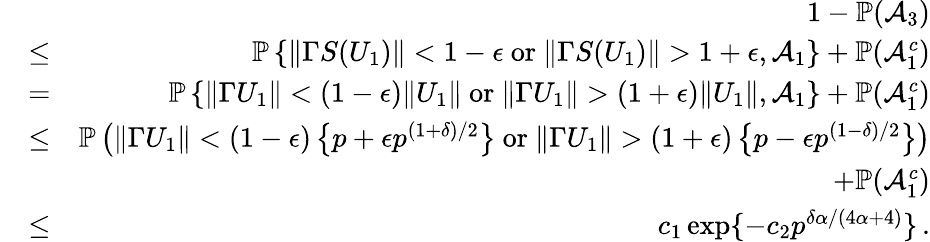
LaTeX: \begin{array}{rlr}&{}&{1-{\mathbb{P}}(\mathcal{A}_{3})}\\ &{\leq}&{{\mathbb{P}}\left\{ \| \Gamma S(U_{1})\| <1-\epsilon\mathrm{~or~}\| \Gamma S(U_{1})\| >1+\epsilon,\mathcal{A}_{1}\right\} +{\mathbb{P}}(\mathcal{A}_{1}^{c})}\\ &{=}&{{\mathbb{P}}\left\{ \| \Gamma U_{1}\| <(1-\epsilon)\| U_{1}\| \mathrm{~or~}\| \Gamma U_{1}\| >(1+\epsilon)\| U_{1}\| ,\mathcal{A}_{1}\right\} +{\mathbb{P}}(\mathcal{A}_{1}^{c})}\\ &{\leq}&{{\mathbb{P}}\left(\| \Gamma U_{1}\| <(1-\epsilon)\left\{ p+\epsilon p^{(1+\delta)/2}\right\} \mathrm{~or~}\| \Gamma U_{1}\| >(1+\epsilon)\left\{ p-\epsilon p^{(1-\delta)/2}\right\} \right)}\\ &{}&{+{\mathbb{P}}(\mathcal{A}_{1}^{c})}\\ &{\leq}&{c_{1}\exp\{ -c_{2}p^{\delta\alpha/(4\alpha+4)}\} \, .}\end{array}